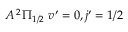
A \, ^ { 2 } \Pi _ { 1 / 2 } \ v ^ { \prime } = 0 , j ^ { \prime } = 1 / 2